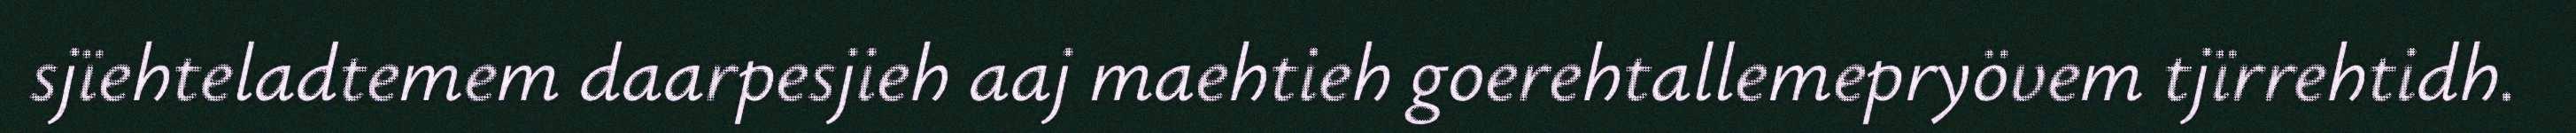
sjïehteladtemem daarpesjieh aaj maehtieh goerehtallemepryövem tjïrrehtidh.